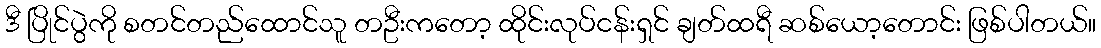
ဒီ ပြိုင်ပွဲကို စတင်တည်ထောင်သူ တဦးကတော့ ထိုင်းလုပ်ငန်းရှင် ချတ်ထရီ ဆစ်ယော့တောင်း ဖြစ်ပါတယ်။